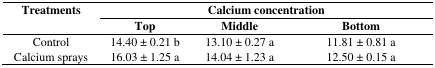
| Treatments | <COLSPAN=3> Calcium concentration |
 |  | Top | Middle | Bottom |
 | --- | --- | --- | --- |
 | Control | 14.40 ± 0.21 b | 13.10 ± 0.27 a | 11.81 ± 0.81 a |
 | Calcium sprays | 16.03 ± 1.25 a | 14.04 ± 1.23 a | 12.50 ± 0.15 a |